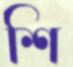
শি